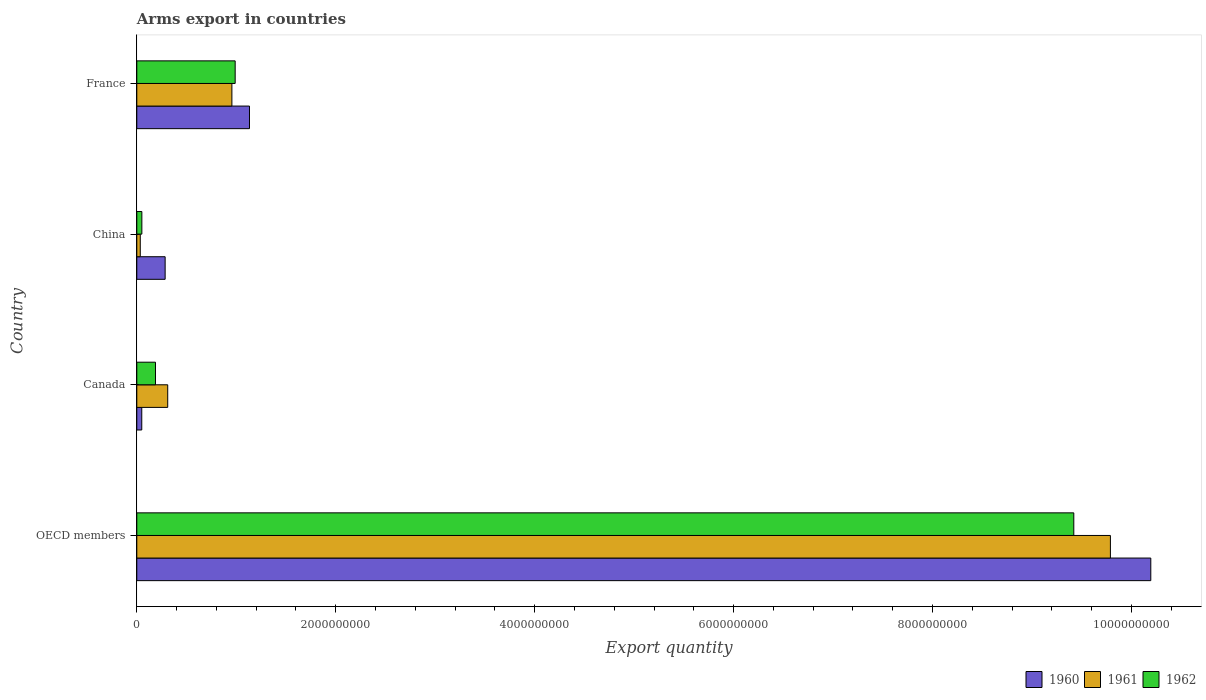
| Country | 1960 | 1961 | 1962 |
 | --- | --- | --- | --- |
 | OECD members | 1.02e+10 | 9.79e+09 | 9.42e+09 |
 | Canada | 5e+07 | 3.11e+08 | 1.88e+08 |
 | China | 2.85e+08 | 3.5e+07 | 5.1e+07 |
 | France | 1.13e+09 | 9.56e+08 | 9.89e+08 |